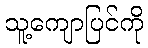
သူ့ကျောပြင်ကို